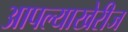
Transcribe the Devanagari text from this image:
आपल्याखेरीज